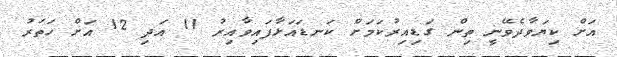
އަށް ކިޔަވާދެވޭނީ ތިން ގަޑިއިރުކަމަށް ކަނޑައަޅާފައިވާއިރު 11 އަދި 12 އަށް ހަތަރު